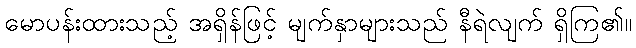
မောပန်းထားသည့် အရှိန်ဖြင့် မျက်နှာများသည် နီရဲလျက် ရှိကြ၏။